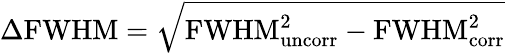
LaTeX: \Delta\mathrm{FWHM}=\sqrt{\mathrm{FWHM_{uncorr}^{2}-FWHM_{corr}^{2}}}